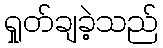
ရှုတ်ချခဲ့သည်